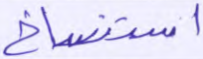
استنساخ